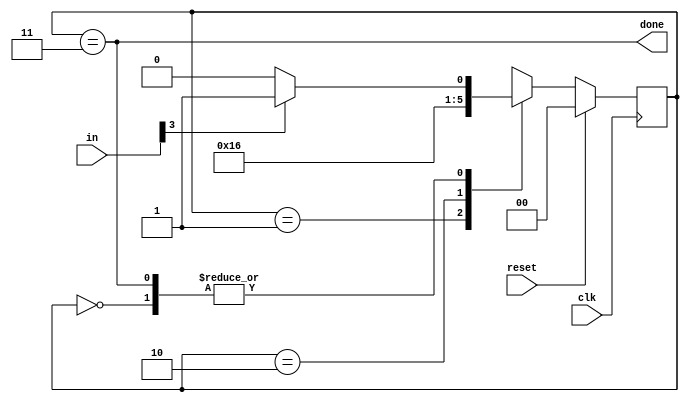
module top_module(
    input clk,
    input [7:0] in,
    input reset,    // Synchronous reset
    output done); //

    parameter none=0, b1=1, b2=2, d=3;
    reg [1:0] state, next;
    // State transition logic (combinational)
    always @(*) begin
        case (state)
            none: next = in[3]?b1:none;
            b1: next = b2;
            b2: next = d;
            d: next = in[3]?b1:none;
        endcase
    end
    // State flip-flops (sequential)
    always @(posedge clk) begin
        if (reset)
            state = none;
        else
            state = next;
    end
    // Output logic
    assign done = (state==d);
endmodule